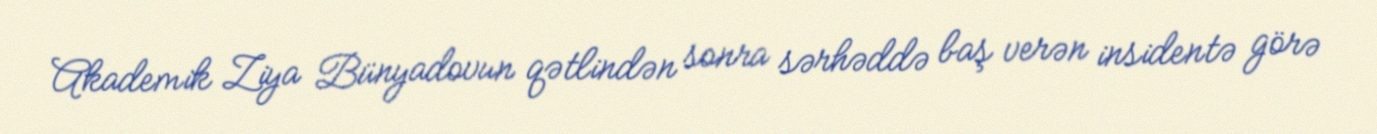
Akademik Ziya Bünyadovun qətlindən sonra sərhəddə baş verən insidentə görə